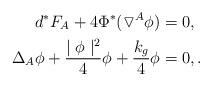
LaTeX: \begin{align*}d^{*}F_{A} + 4\Phi^{*}(\triangledown^{A}\phi)&=0,\\\Delta_{A} \phi + \frac{\mid \phi \mid^{2}}{4}\phi +\frac{k_{g}}{4}\phi &= 0, .\end{align*}